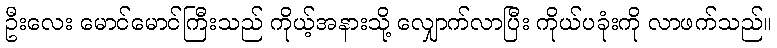
ဦးလေး မောင်မောင်ကြီးသည် ကိုယ့်အနားသို့ လျှောက်လာပြီး ကိုယ်ပခုံးကို လာဖက်သည်။